Code of medical and sanitary regulations for the guidance of medical officers serving in the Madras Presidency - Volume I
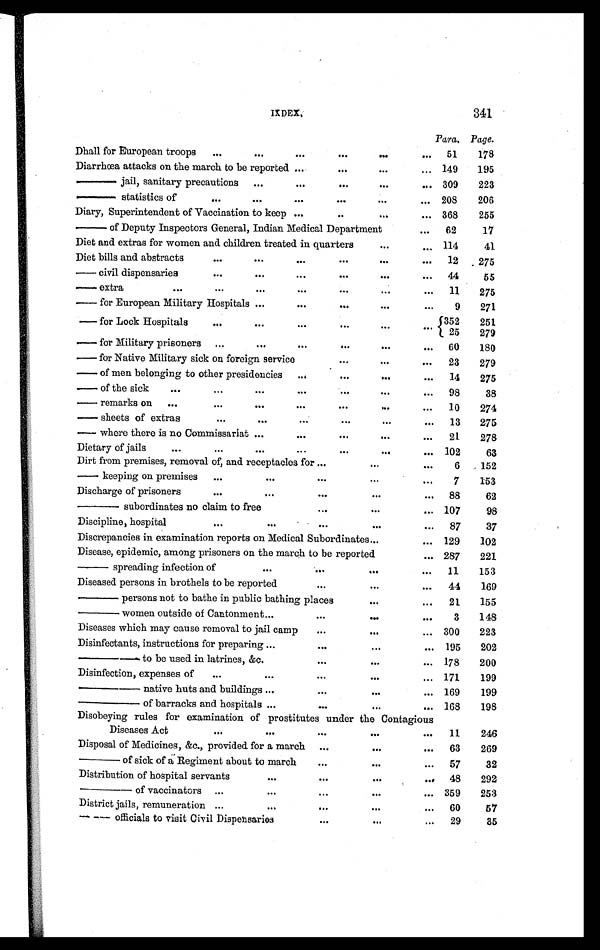
IXDEX.
341
Para. Page.
Dhall for European troops
...
. . .
...
...
...
... 51
178
Diarrhœa attacks on the march to be reported
... ...
...
. . . 149
195
—— jail, sanitary precautions ...
... ... ...
...
... 309
223
—— statistics of
. . .
. . .
...
... ...
...
. . .
208
206
Diary, Superintendent of Vaccination to keep ... ... ...
. . .
... 368
255
—— of Deputy Inspectors General, Indian Medical Department
...
62
17
Diet and extras for women and children treated in quarters
. . .
... 114
41
Diet bills and abstracts
...
. . .
...
...
...
...
12
275
— c i v i l d i s p e n s a r i e s
. . .
. . .
...
...
. . .
...
44
55
— extra
...
. . .
...
...
...
. . .
...
11
275
— for European Military Hospitals ...
...
...
. . .
. . .
9
271
— for Lock Hospitals
. . .
. . .
...
...
. . .
. . . 352
251
25
279
— for Military prisoners ...
. . .
...
...
. . .
. . .
60
180
— for Native Military sick on foreign service
...
. . .
...
23
279
— of men belonging to other presidencies
...
...
. . .
...
14
275
— of the sick
. . .
. . .
...
...
...
...
...
98
38
— r e m a r k s o n ...
. . .
. . .
...
...
...
...
10
274
— sheets of extras
. . .
...
...
...
. . .
...
13
275
— where there is no Commissariat ...
...
...
. . .
...
21
278
Dietary of jails
. . .
. . .
. . .
...
...
...
... 102
63
Dirt from premises, removal of, and receptacles for ...
...
. . .
6
152
— keeping on premises ...
...
...
...
...
7
153
Discharge of prisoners
. . .
...
...
...
...
88
62
—— subordinates no claim to free
...
...
... 107
98
Discipline, hospital
...
...
...
...
...
87
37
Discrepancies in examination reports on Medical Subordinates ...
... 129
102
Disease, epidemic, among prisoners on the march to be reported
... 287
221
—— spreading infection of
...
...
...
...
11
153
Diseased persons in brothels to be reported
...
...
...
44
169
—— persons not to bathe in public bathing places
...
...
21
155
—— women outside of Cantonment ...
...
...
...
3
148
Diseases which may cause removal to jail camp
...
...
...
300
223
Disinfectants, instructions for preparing ...
...
...
... 195
202
—— to be used in latrines, &c.
...
...
... 178
200
Disinfection, expenses of
...
...
...
...
... 171
199
—— native huts and buildings ...
...
...
... 169
199
—— of barracks and hospitals ...
...
...
...
168
198
Disobeying rules for examination of prostitutes under the Contagious
Diseases Act
...
...
...
...
...
11
246
Disposal of Medicines, &c., provided for a march ...
...
...
63
269
—— of sick of a Regiment about to march
...
...
...
57
32
Distribution of hospital servants
...
. . .
...
...
48
292
—— of vaccinators ...
...
...
...
...
359
253
District jails, remuneration ...
...
...
...
...
60
57
—— officials to visit Civil Dispensaries
. . .
...
...
29
35